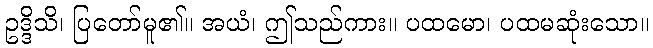
ဥဒ္ဒိသိ၊ ပြတော်မူ၏။ အယံ၊ ဤသည်ကား။ ပထမော၊ ပထမဆုံးသော။